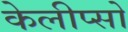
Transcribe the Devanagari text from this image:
केलीप्सो